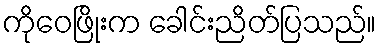
ကိုဝေဖြိုးက ခေါင်းညိတ်ပြသည်။